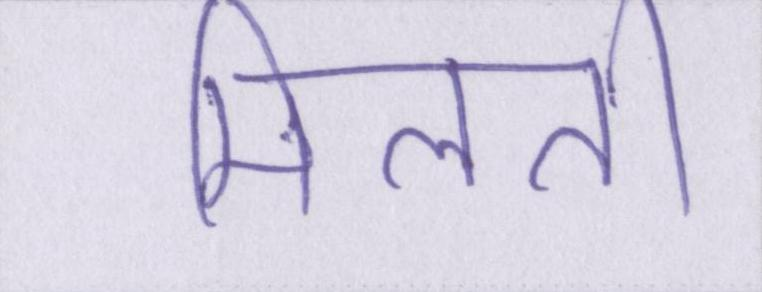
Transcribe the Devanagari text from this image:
मिलती